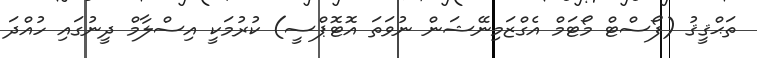
ތަޙްޤީޤު (ފޯސްޓް މޯޓަމް އެގްޒަމިނޭޝަން ނުވަތަ އޮޓޮޕްސީ) ކުރުމަކީ އިސްލާމް ދީނުގައި ހުއްދަ